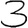
Digit: 3